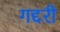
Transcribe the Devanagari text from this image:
गद्दरी